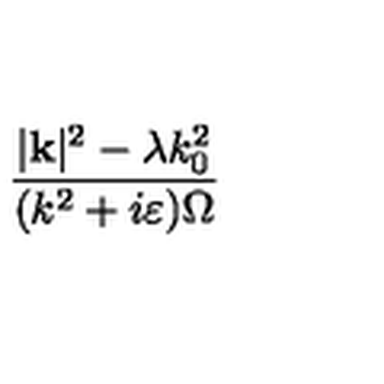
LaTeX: \frac { | \mathbf { k } | ^ { 2 } - \lambda k _ { 0 } ^ { 2 } } { ( k ^ { 2 } + i \varepsilon ) \Omega }